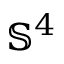
{ \mathbb S } ^ { 4 }